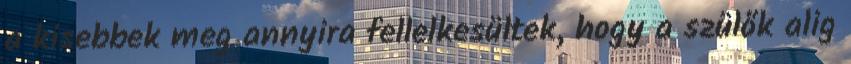
a kisebbek meg annyira fellelkesültek, hogy a szülők alig